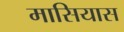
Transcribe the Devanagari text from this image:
मासियास